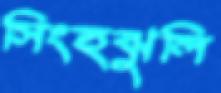
সিংহঝুলি